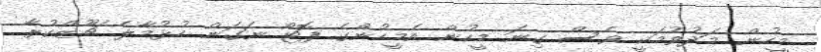
މީހުން މަދުވުމަކީ ވެސް ގިނަ މީހުން އެމީހުންގެ ފޮޓޯ ނަގަން ހުޅުމާލެ ޗޫޒްކުރާ